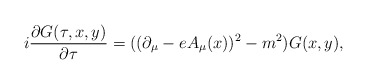
\begin{align*}i \frac{\partial G(\tau,x,y)}{\partial \tau} =((\partial_\mu - e A_\mu(x) )^2 -m^2 ) G(x,y),\end{align*}